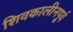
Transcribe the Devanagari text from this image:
शिवकालीनपूर्व